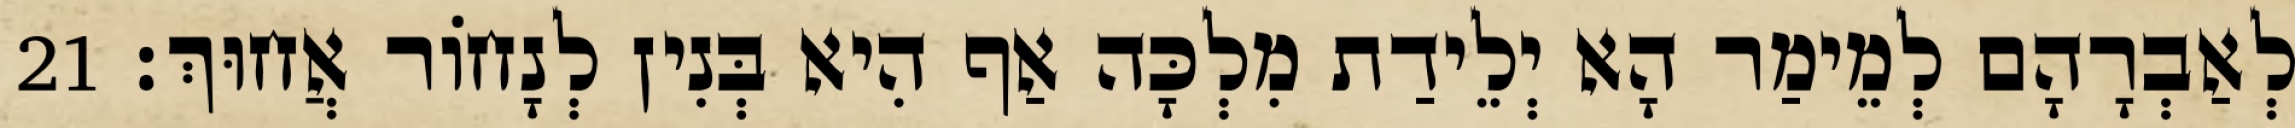
לְאַבְרָהָם לְמֵימַר הָא יְלֵידַת מִלְכָּה אַף הִיא בְּנִין לְנָחוֹר אֲחוּךְ׃ 21